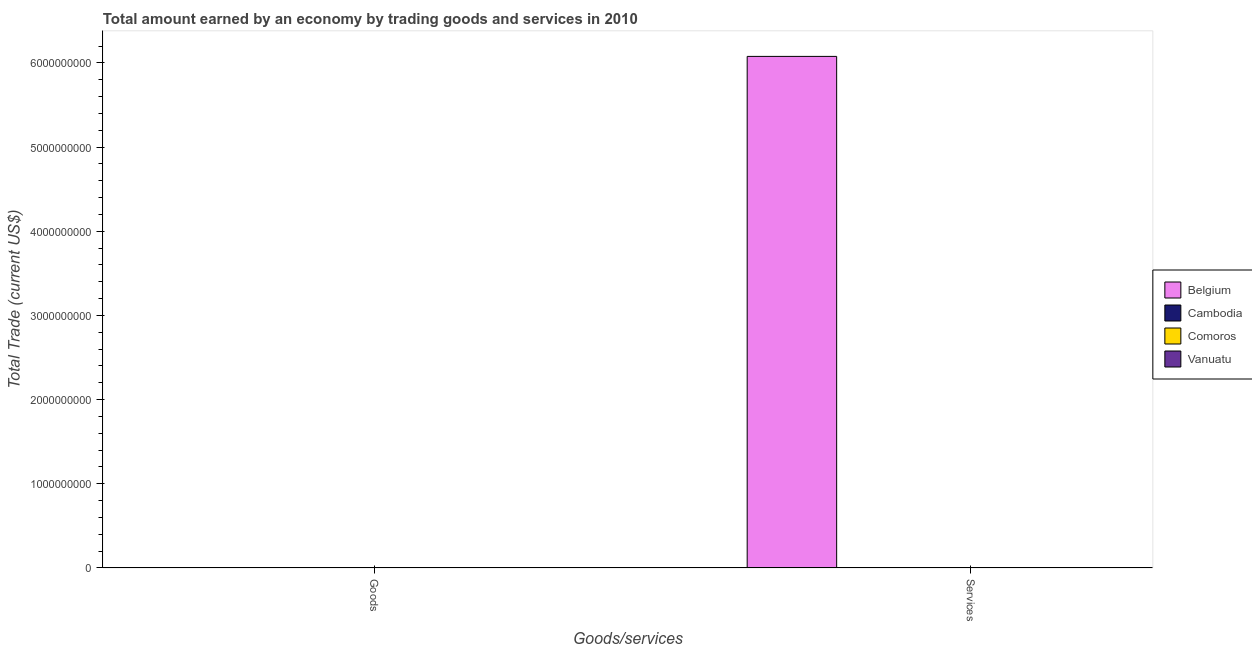
| Goods/services | Belgium | Cambodia | Comoros | Vanuatu |
 | --- | --- | --- | --- | --- |
 | Goods | -4.74e+09 | -1.56e+09 | -1.55e+08 | -1.93e+08 |
 | Services | 6.08e+09 | -5.05e+08 | -1.84e+08 | -3.95e+07 |